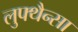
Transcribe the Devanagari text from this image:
लुफ्थैन्सा